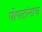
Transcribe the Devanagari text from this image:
पोपटांनाच